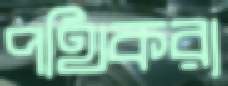
পথিকরা